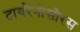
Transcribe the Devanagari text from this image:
टायरैनोसौरस